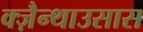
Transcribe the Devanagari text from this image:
क्ज़ैन्थाउसास